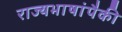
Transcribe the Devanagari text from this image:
राज्यभाषांपैकी